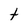
Character: t